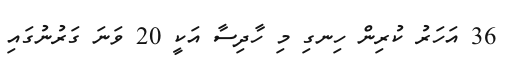
36 އަހަރު ކުރިން ހިނގި މި ހާދިސާ އަކީ 20 ވަނަ ގަރުނުގައި